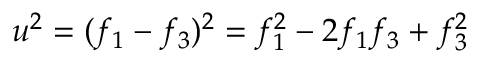
u ^ { 2 } = ( f _ { 1 } - f _ { 3 } ) ^ { 2 } = f _ { 1 } ^ { 2 } - 2 f _ { 1 } f _ { 3 } + f _ { 3 } ^ { 2 }